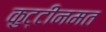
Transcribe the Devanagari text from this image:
कुट्टीनमत